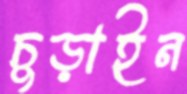
চুড়াইন